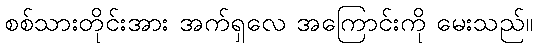
စစ်သားတိုင်းအား အက်ရှလေ အကြောင်းကို မေးသည်။